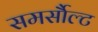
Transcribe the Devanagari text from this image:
समर्सौल्ट